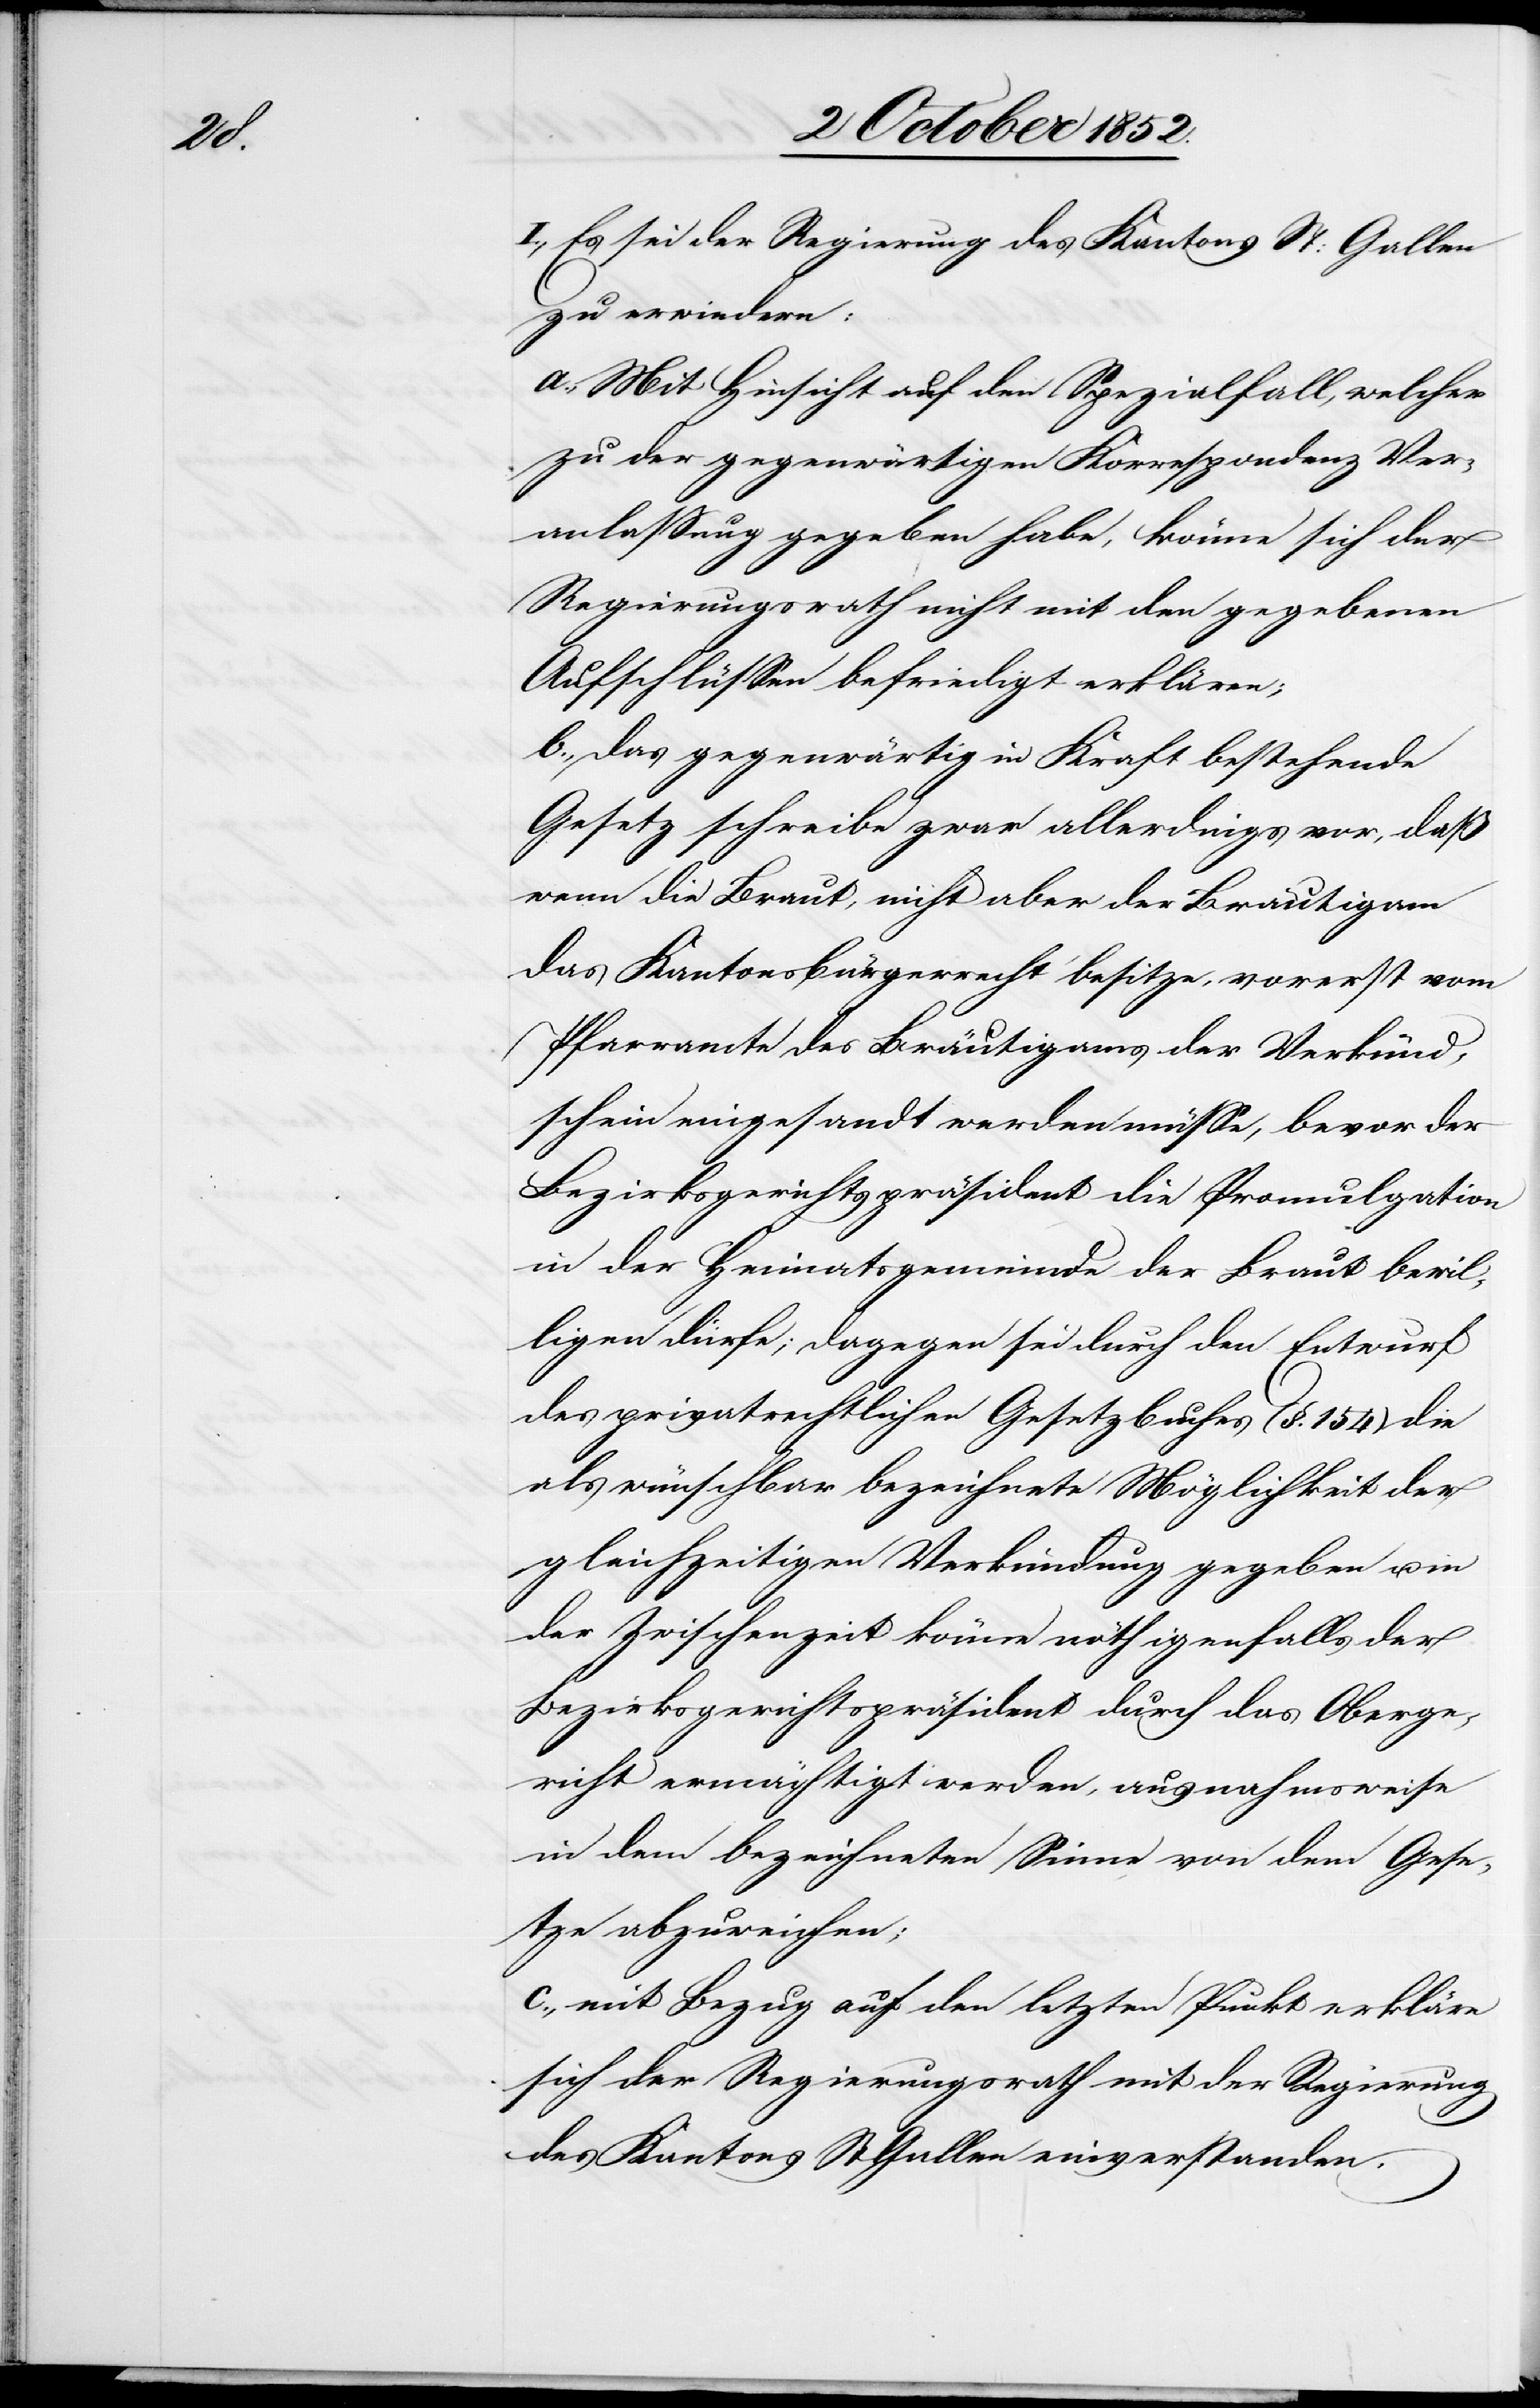
I., Es sei der Regierung des Kantons St: Gallen
zu erwiedern:
a., Mit Hinsicht auf den Spezialfall, welcher
zu der gegenwärtigen Korrespondenz Ver¬
anlassung gegeben habe, könne sich der
Regierungsrath nicht mit den gegebenen
Aufschlüssen befriedigt erklären;
b., das gegenwärtig in Kraft bestehende
Gesetz schreibe zwar allerdings vor, daß
wenn die Braut, nicht aber der Bräutigam
das Kantonsbürgerrecht besitze, vorerst vom
Pfarramte des Bräutigams der Verkünd¬
schein eingesandt werden müsse, bevor der
Bezirksgerichtspräsident die Promulgation
in der Heimatsgemeinde der Braut bewil¬
ligen dürfe; dagegen sei durch den Entwurf
des privatrechtlichen Gesetzbuches (§. 154) die
als wünschbar bezeichnete Möglichkeit der
gleichzeitigen Verkündung gegeben u. in
der Zwischenzeit könne nöthigenfalls der
Bezirksgerichtspräsident durch das Oberge¬
richt ermächtigt werden, ausnahmsweise
in dem bezeichneten Sinne von dem Gese¬
tze abzuweichen;
c., mit Bezug auf den letzten Punkt erkläre
sich der Regierungsrath mit der Regierung
des Kantons St Gallen einverstanden.